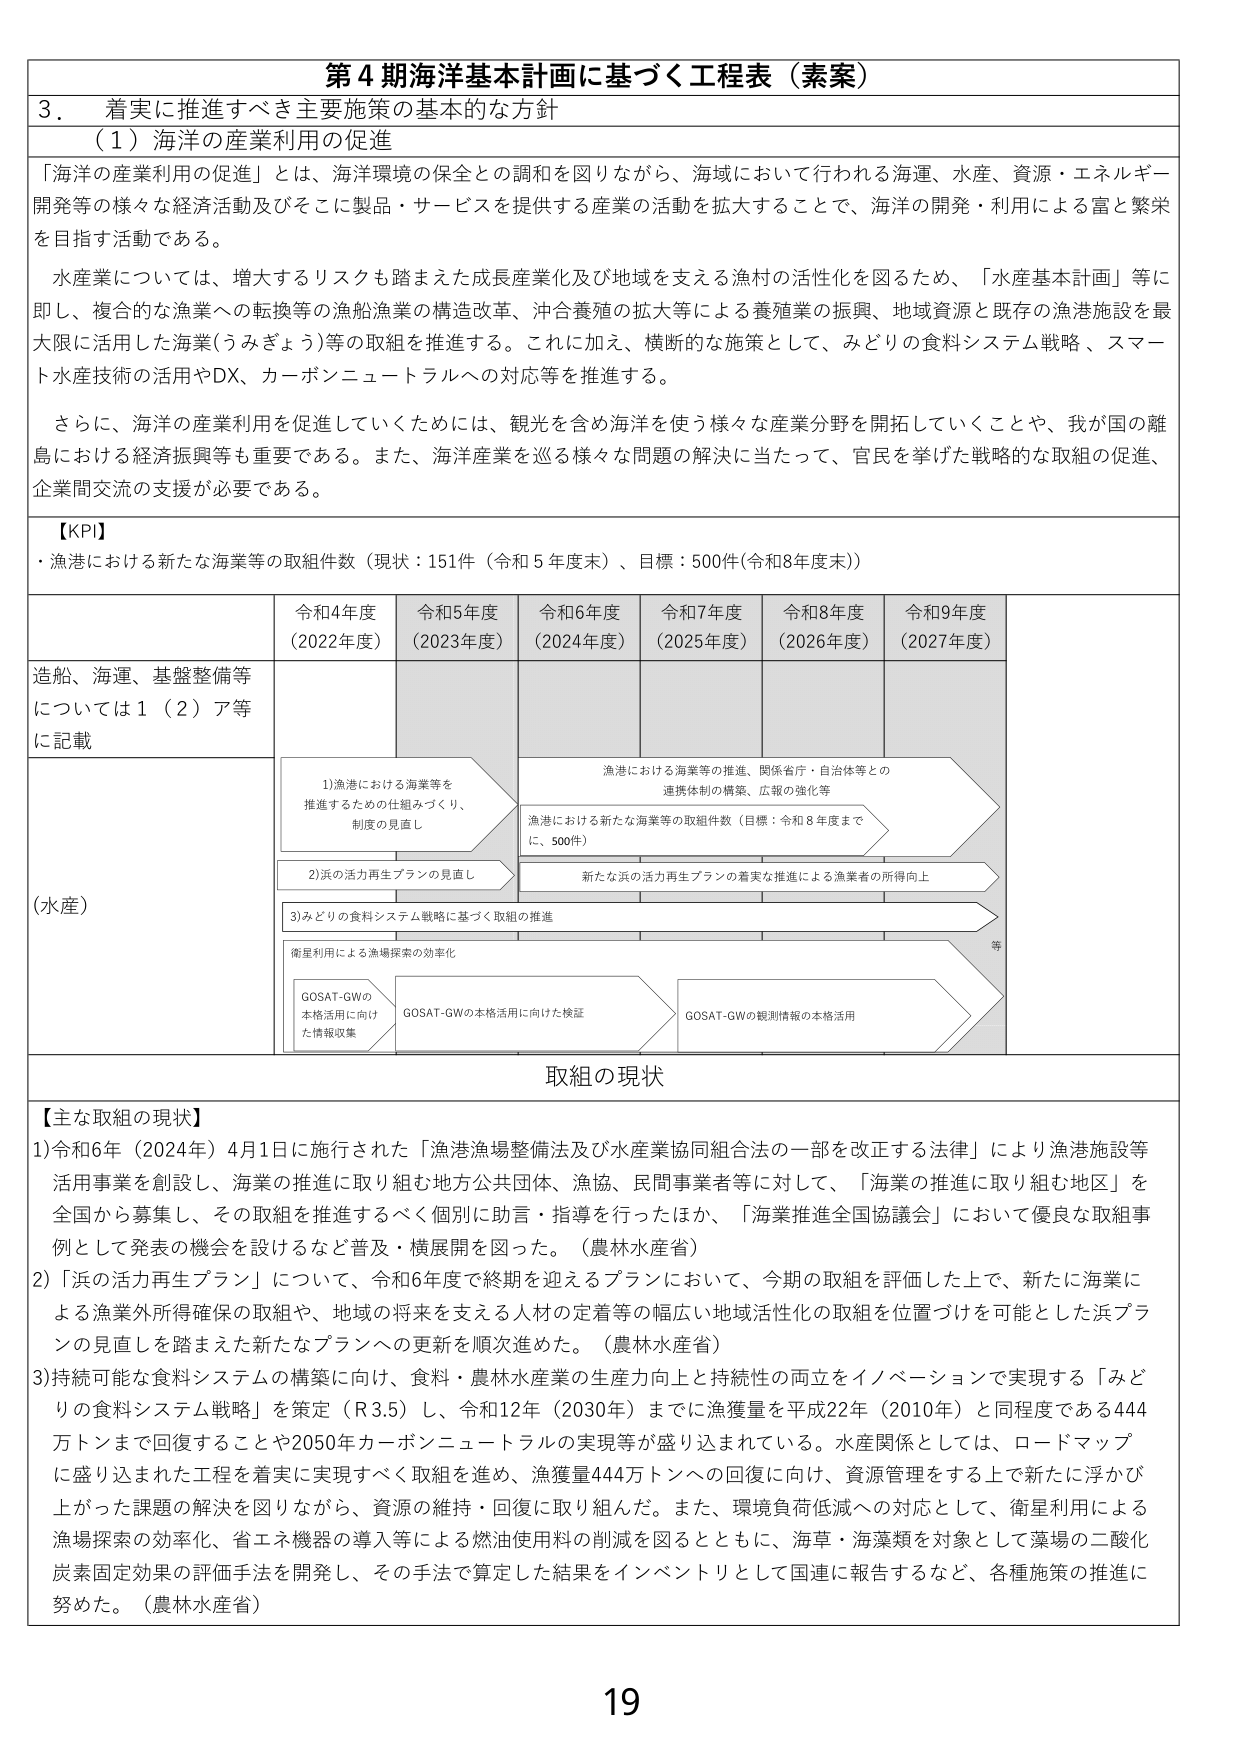
第４期海洋基本計画に基づく工程表（素案）

３．着実に推進すべき主要施策の基本的な方針

（１）海洋の産業利用の促進

「海洋の産業利用の促進」とは、海洋環境の保全との調和を図りながら、海域において行われる海運、水産、資源・エネルギー開発等の様々な経済活動及びそこに製品・サービスを提供する産業の活動を拡大することで、海洋の開発・利用による富と繁栄を目指す活動である。

水産業については、増大するリスクも踏まえた成長産業化及び地域を支える漁村の活性化を図るため、「水産基本計画」等に即し、複合的な漁業への転換等の漁船漁業の構造改革、沖合養殖の拡大等による養殖業の振興、地域資源と既存の漁港施設を最大限に活用した海業(うみぎょう)等の取組を推進する。これに加え、横断的な施策として、みどりの食料システム戦略、スマート水産技術の活用やDX、カーボンニュートラルへの対応等を推進する。

さらに、海洋の産業利用を促進していくためには、観光を含め海洋を使う様々な産業分野を開拓していくことや、我が国の離島における経済振興等も重要である。また、海洋産業を巡る様々な問題の解決に当たって、官民を挙げた戦略的な取組の促進、企業間交流の支援が必要である。

【KPI】
・漁港における新たな海業等の取組件数（現状：151件（令和５年度末）、目標：500件(令和8年度末)）

令和4年度（2022年度）　令和5年度（2023年度）　令和6年度（2024年度）　令和7年度（2025年度）　令和8年度（2026年度）　令和9年度（2027年度）

造船、海運、基盤整備等については１（２）ア等に記載

（水産）

1)漁港における海業等を推進するための仕組みづくり、制度の見直し

2)浜の活力再生プランの見直し

3)みどりの食料システム戦略に基づく取組の推進

衛星利用による漁場探索の効率化

GOSAT-GWの本格活用に向けた情報収集

GOSAT-GWの本格活用に向けた検証

GOSAT-GWの観測情報の本格活用

漁港における海業等の推進、関係省庁・自治体等との連携体制の構築、広報の強化等

漁港における新たな海業等の取組件数（目標：令和８年度までに、500件）

新たな浜の活力再生プランの着実な推進による漁業者の所得向上

等

取組の現状

【主な取組の現状】

1)令和6年（2024年）4月1日に施行された「漁港漁場整備法及び水産業協同組合法の一部を改正する法律」により漁港施設等活用事業を創設し、海業の推進に取り組む地方公共団体、漁協、民間事業者等に対して、「海業の推進に取り組む地区」を全国から募集し、その取組を推進するべく個別に助言・指導を行ったほか、「海業推進全国協議会」において優良な取組事例として発表の機会を設けるなど普及・横展開を図った。（農林水産省）

2)「浜の活力再生プラン」について、令和6年度で終期を迎えるプランにおいて、今期の取組を評価した上で、新たに海業による漁業外所得確保の取組や、地域の将来を支える人材の定着等の幅広い地域活性化の取組を位置づけを可能とした浜プランの見直しを踏まえた新たなプランへの更新を順次進めた。（農林水産省）

3)持続可能な食料システムの構築に向け、食料・農林水産業の生産力向上と持続性の両立をイノベーションで実現する「みどりの食料システム戦略」を策定（R3.5）し、令和12年（2030年）までに漁獲量を平成22年（2010年）と同程度である444万トンまで回復することや2050年カーボンニュートラルの実現等が盛り込まれている。水産関係としては、ロードマップに盛り込まれた工程を着実に実現すべく取組を進め、漁獲量444万トンへの回復に向け、資源管理をする上で新たに浮かび上がった課題の解決を図りながら、資源の維持・回復に取り組んだ。また、環境負荷低減への対応として、衛星利用による漁場探索の効率化、省エネ機器の導入等による燃油使用料の削減を図るとともに、海草・海藻類を対象として藻場の二酸化炭素固定効果の評価手法を開発し、その手法で算定した結果をインベントリとして国連に報告するなど、各種施策の推進に努めた。（農林水産省）

19